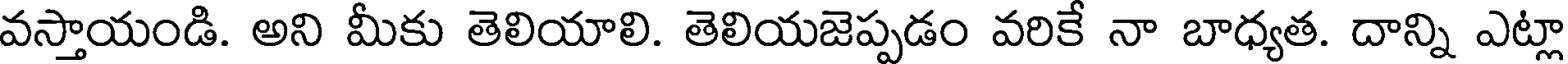
వస్తాయండి. అని మీకు తెలియాలి. తెలియజెప్పడం వరికే నా బాధ్యత. దాన్ని ఎట్లా